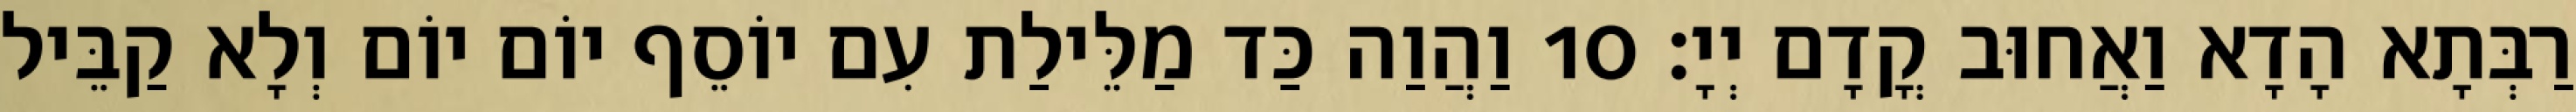
רַבְּתָא הָדָא וַאֲחוּב קֳדָם יְיָ׃ 10 וַהֲוַה כַּד מַלֵּילַת עִם יוֹסֵף יוֹם יוֹם וְלָא קַבֵּיל